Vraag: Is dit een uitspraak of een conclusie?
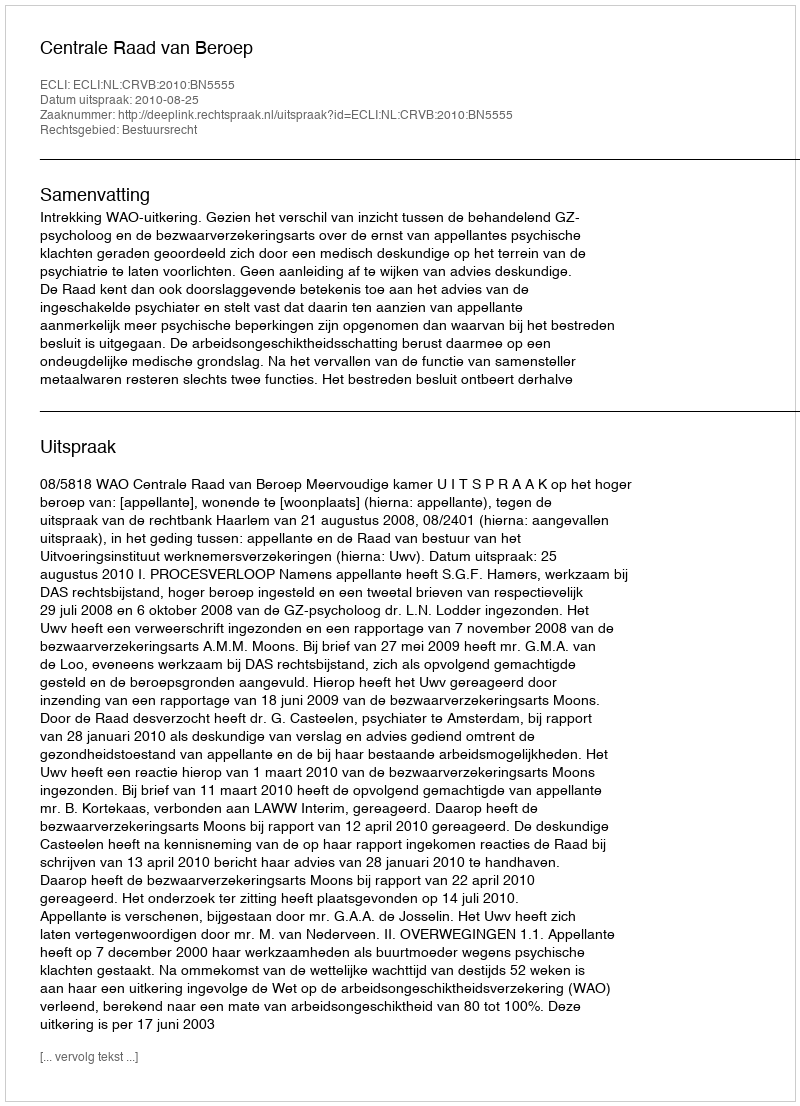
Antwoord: Uitspraak